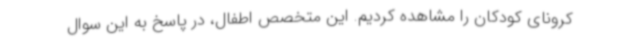
کرونای کودکان را مشاهده کردیم. این متخصص اطفال، در پاسخ به این سوال